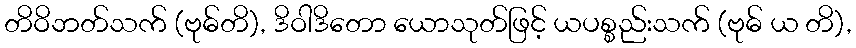
တိဝိဘတ်သက် (ဗုဓ်တိ), ဒိဝါဒိတော ယောသုတ်ဖြင့် ယပစ္စည်းသက် (ဗုဓ် ယ တိ),